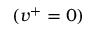
( v ^ { + } = 0 )